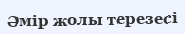
Әмір жолы терезесі